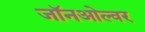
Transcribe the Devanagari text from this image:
जॉनओल्वर